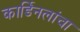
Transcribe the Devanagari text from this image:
कार्डिनलांचा